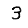
Digit: 3